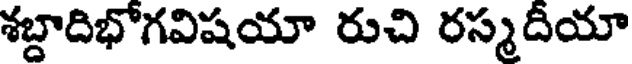
శబ్దాదిభోగవిషయా రుచి రస్మదీయా